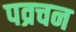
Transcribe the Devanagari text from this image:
पव्रचन